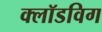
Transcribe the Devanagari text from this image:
क्लॉडविग